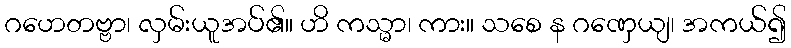
ဂဟေတဗ္ဗာ၊ လှမ်းယူအပ်၏။ ဟိ ကသ္မာ၊ ကား။ သစေ န ဂဏှေယျ၊ အကယ်၍